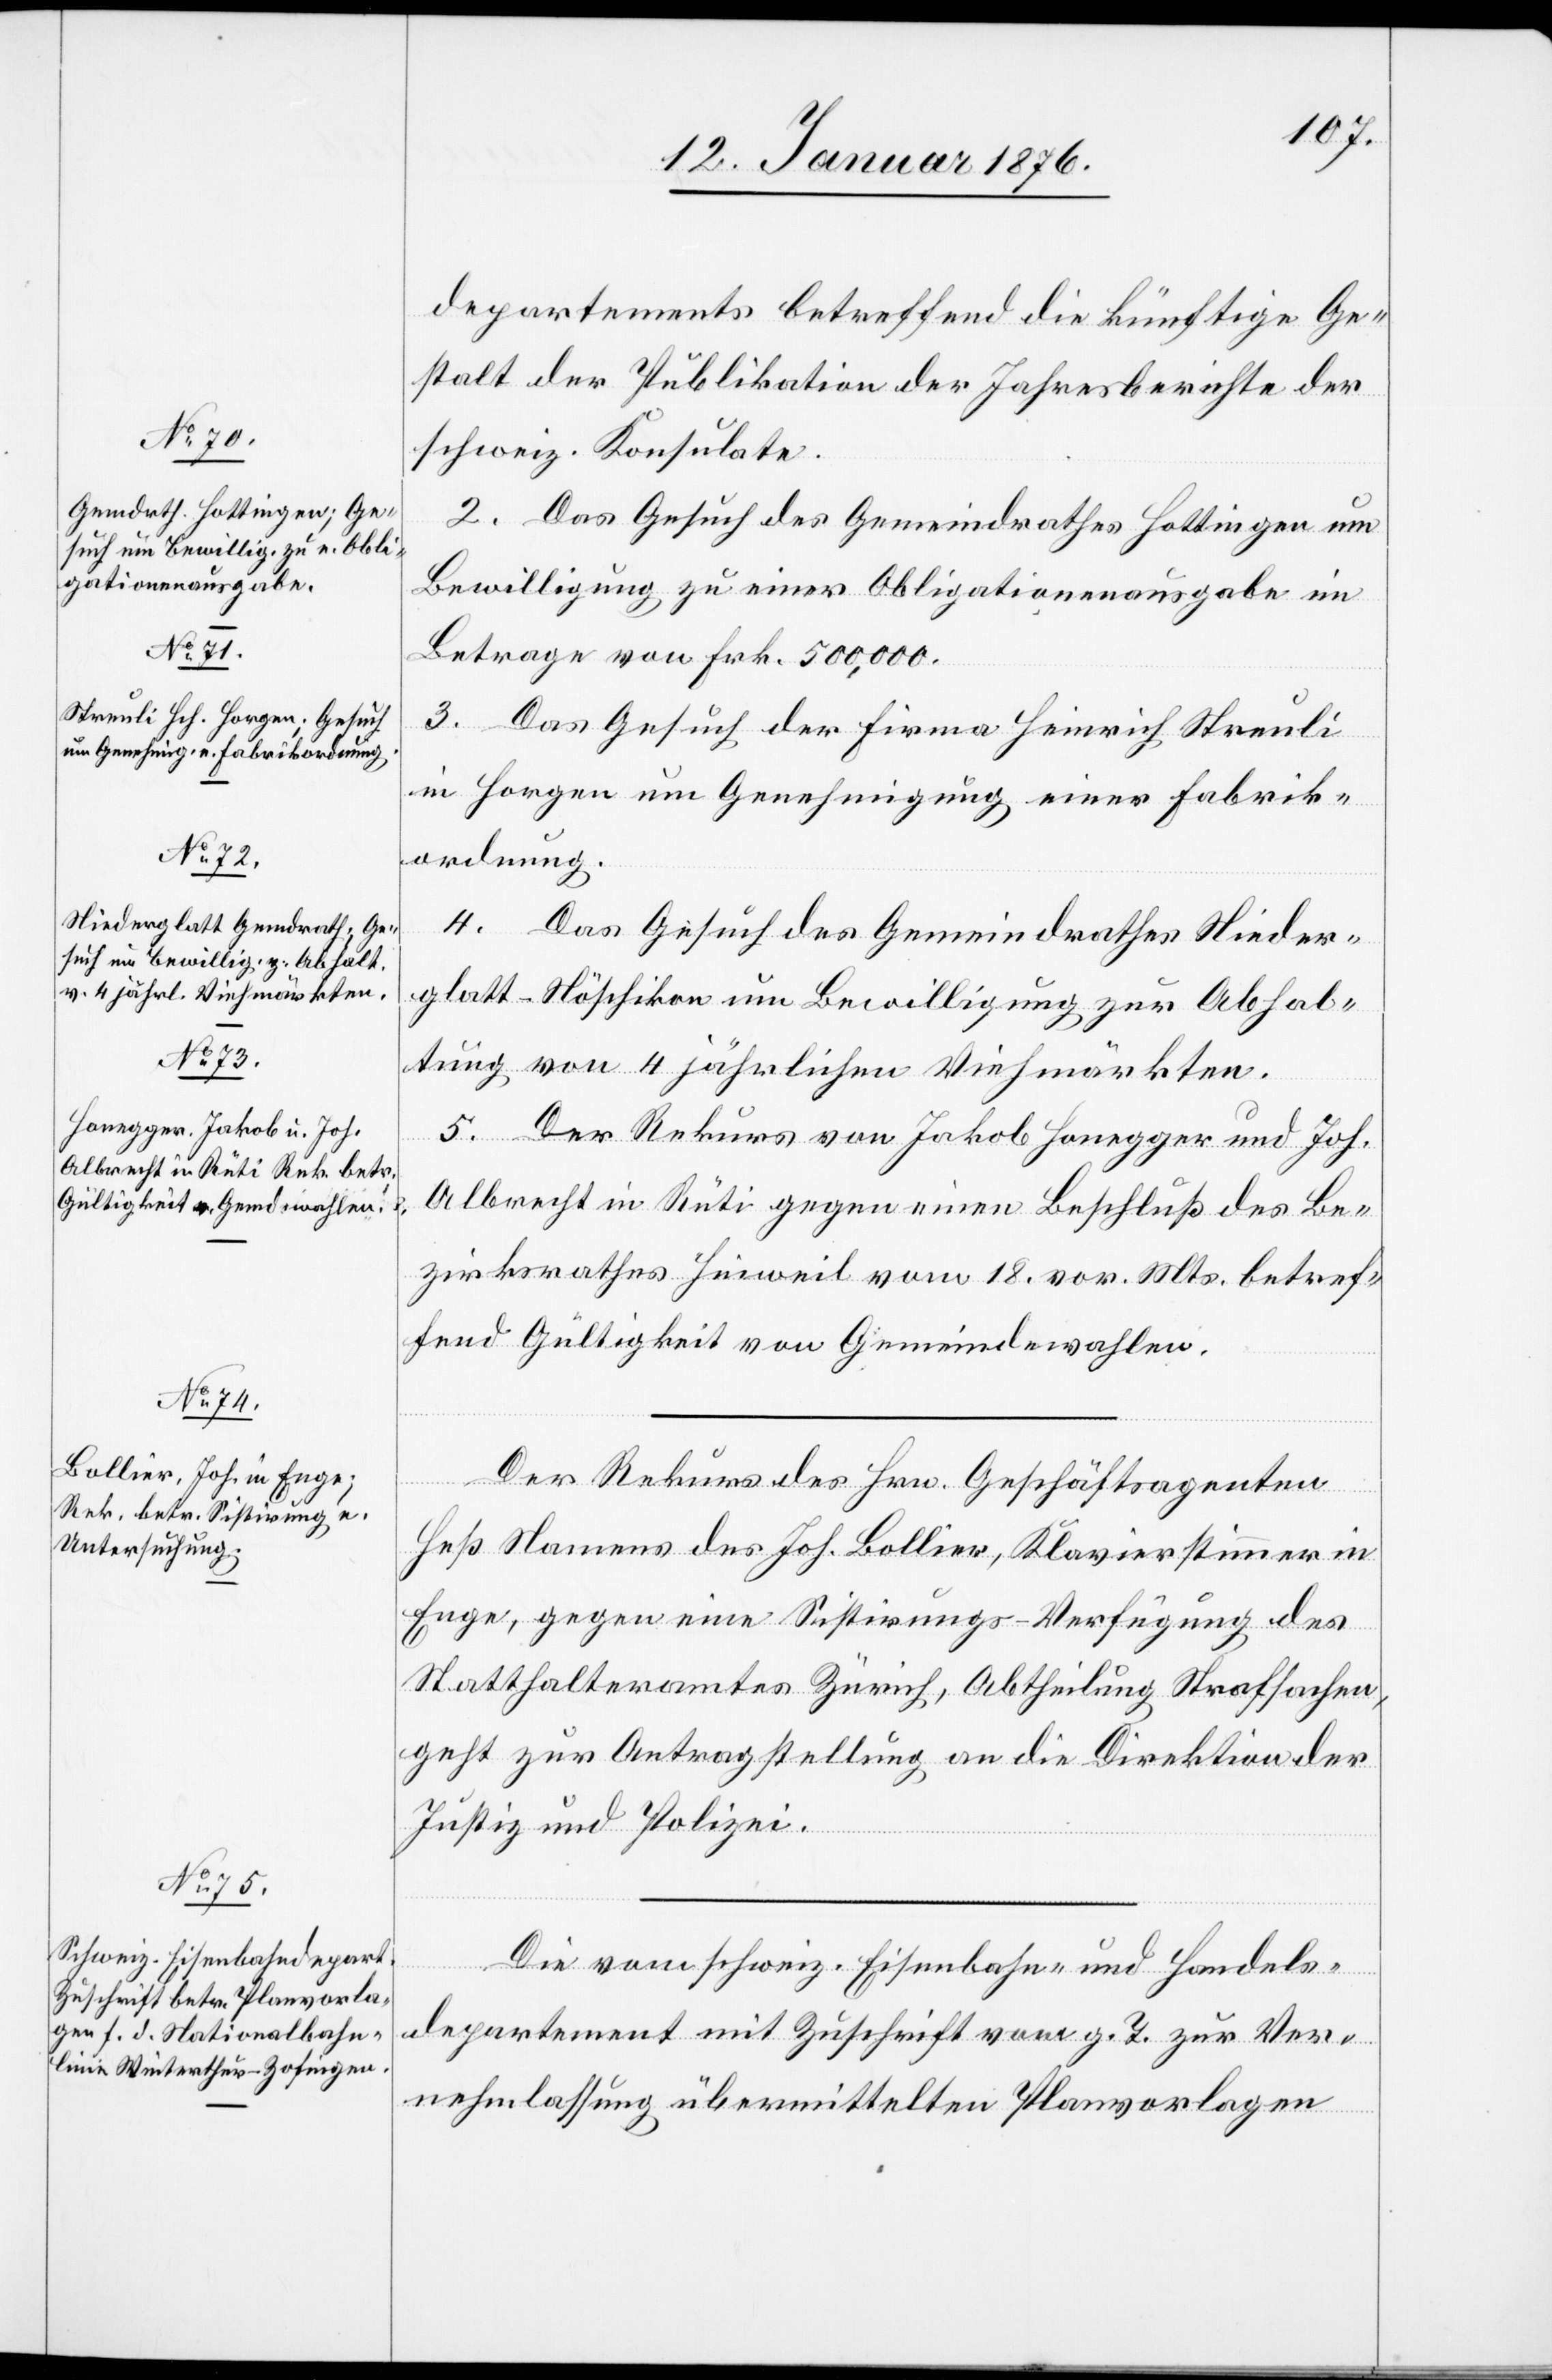
14. Januar 1876.]
departements betreffend die künftige Ge¬
stalt der Publikation der Jahresberichte der
schweiz. Konsulate.
2. Das Gesuch des Gemeindrathes Hottingen um
Bewilligung zu einer Obligationenausgabe im
Betrage von Frk. 500,000.
3. Das Gesuch der Firma Heinrich Streuli
in Horgen um Genehmigung einer Fabrik¬
ordnung.
4. Das Gesuch des Gemeindrathes Nieder¬
glatt-Nöschikon um Bewilligung zur Abhal¬
tung von 4 jährlichen Viehmärkten.
5. Der Rekurs von Jakob Honegger und Joh.
Albrecht in Rüti gegen einen Beschluß des Be¬
zirksrathes Hinweil vom 18. vor. Mts. betref¬
fend Gültigkeit von Gemeindewahlen.
Der Rekurs des Hrn. Geschäftsagenten
Heß Namens des Joh. Bollier, Klavierstimmer in
Enge, gegen eine Sistirungs-Verfügung des
Statthalteramtes Zürich, Abtheilung Strafsachen,
geht zur Antragstellung an die Direktion der
Justiz und Polizei.
Die vom schweiz. Eisenbahn- und Handels¬
departement mit Zuschrift vom g. T. zur Ver¬
nehmlassung übermittelten Planvorlagen